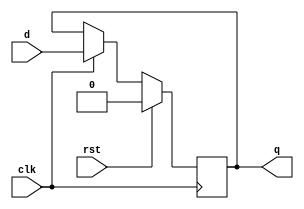
module Dff(
    input clk,
    input rst,
    input d,
    output reg q
    );
      always @ (posedge clk)
      begin
      if(rst)
        q=0;
        
      else if(clk)
     
        q = d ;
      end
endmodule